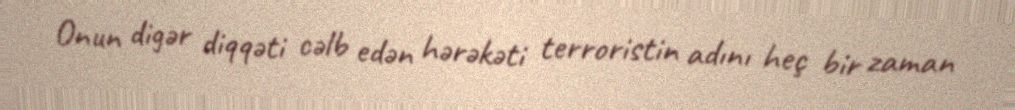
Onun digər diqqəti cəlb edən hərəkəti terroristin adını heç bir zaman